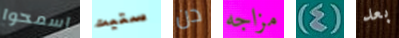
اسمحوا ستيت دن مزاجه (4) بعد